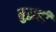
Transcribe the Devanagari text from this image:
बुद्धही